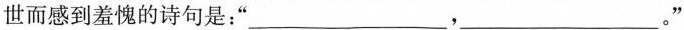
盛世而感到羞愧的诗句是：”___，___。”